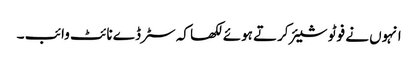
انہوں نے فوٹو شیئر کرتے ہوئے لکھا کہ سٹرڈے نائٹ وائب ۔